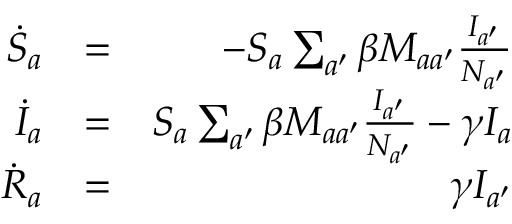
\begin{array} { r l r } { \dot { S } _ { a } } & { = } & { - S _ { a } \sum _ { a ^ { \prime } } \beta M _ { a a ^ { \prime } } \frac { I _ { a ^ { \prime } } } { N _ { a ^ { \prime } } } } \\ { \dot { I } _ { a } } & { = } & { S _ { a } \sum _ { a ^ { \prime } } \beta M _ { a a ^ { \prime } } \frac { I _ { a ^ { \prime } } } { N _ { a ^ { \prime } } } - \gamma I _ { a } } \\ { \dot { R } _ { a } } & { = } & { \gamma I _ { a ^ { \prime } } } \end{array}